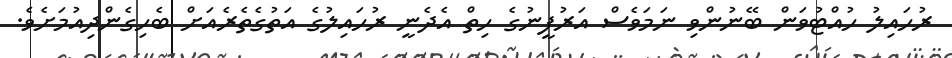
ރުހައިލު ހުއްޓުވަން ބޭނުންވި ނަމަވެސް އަރުފީނުގެ ހިތް އެދެނީ ރުހައިލުގެ އަތުގެތެރެއަށް ބެހިގެންދިއުމަށެވެ.